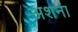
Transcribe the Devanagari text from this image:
अशना